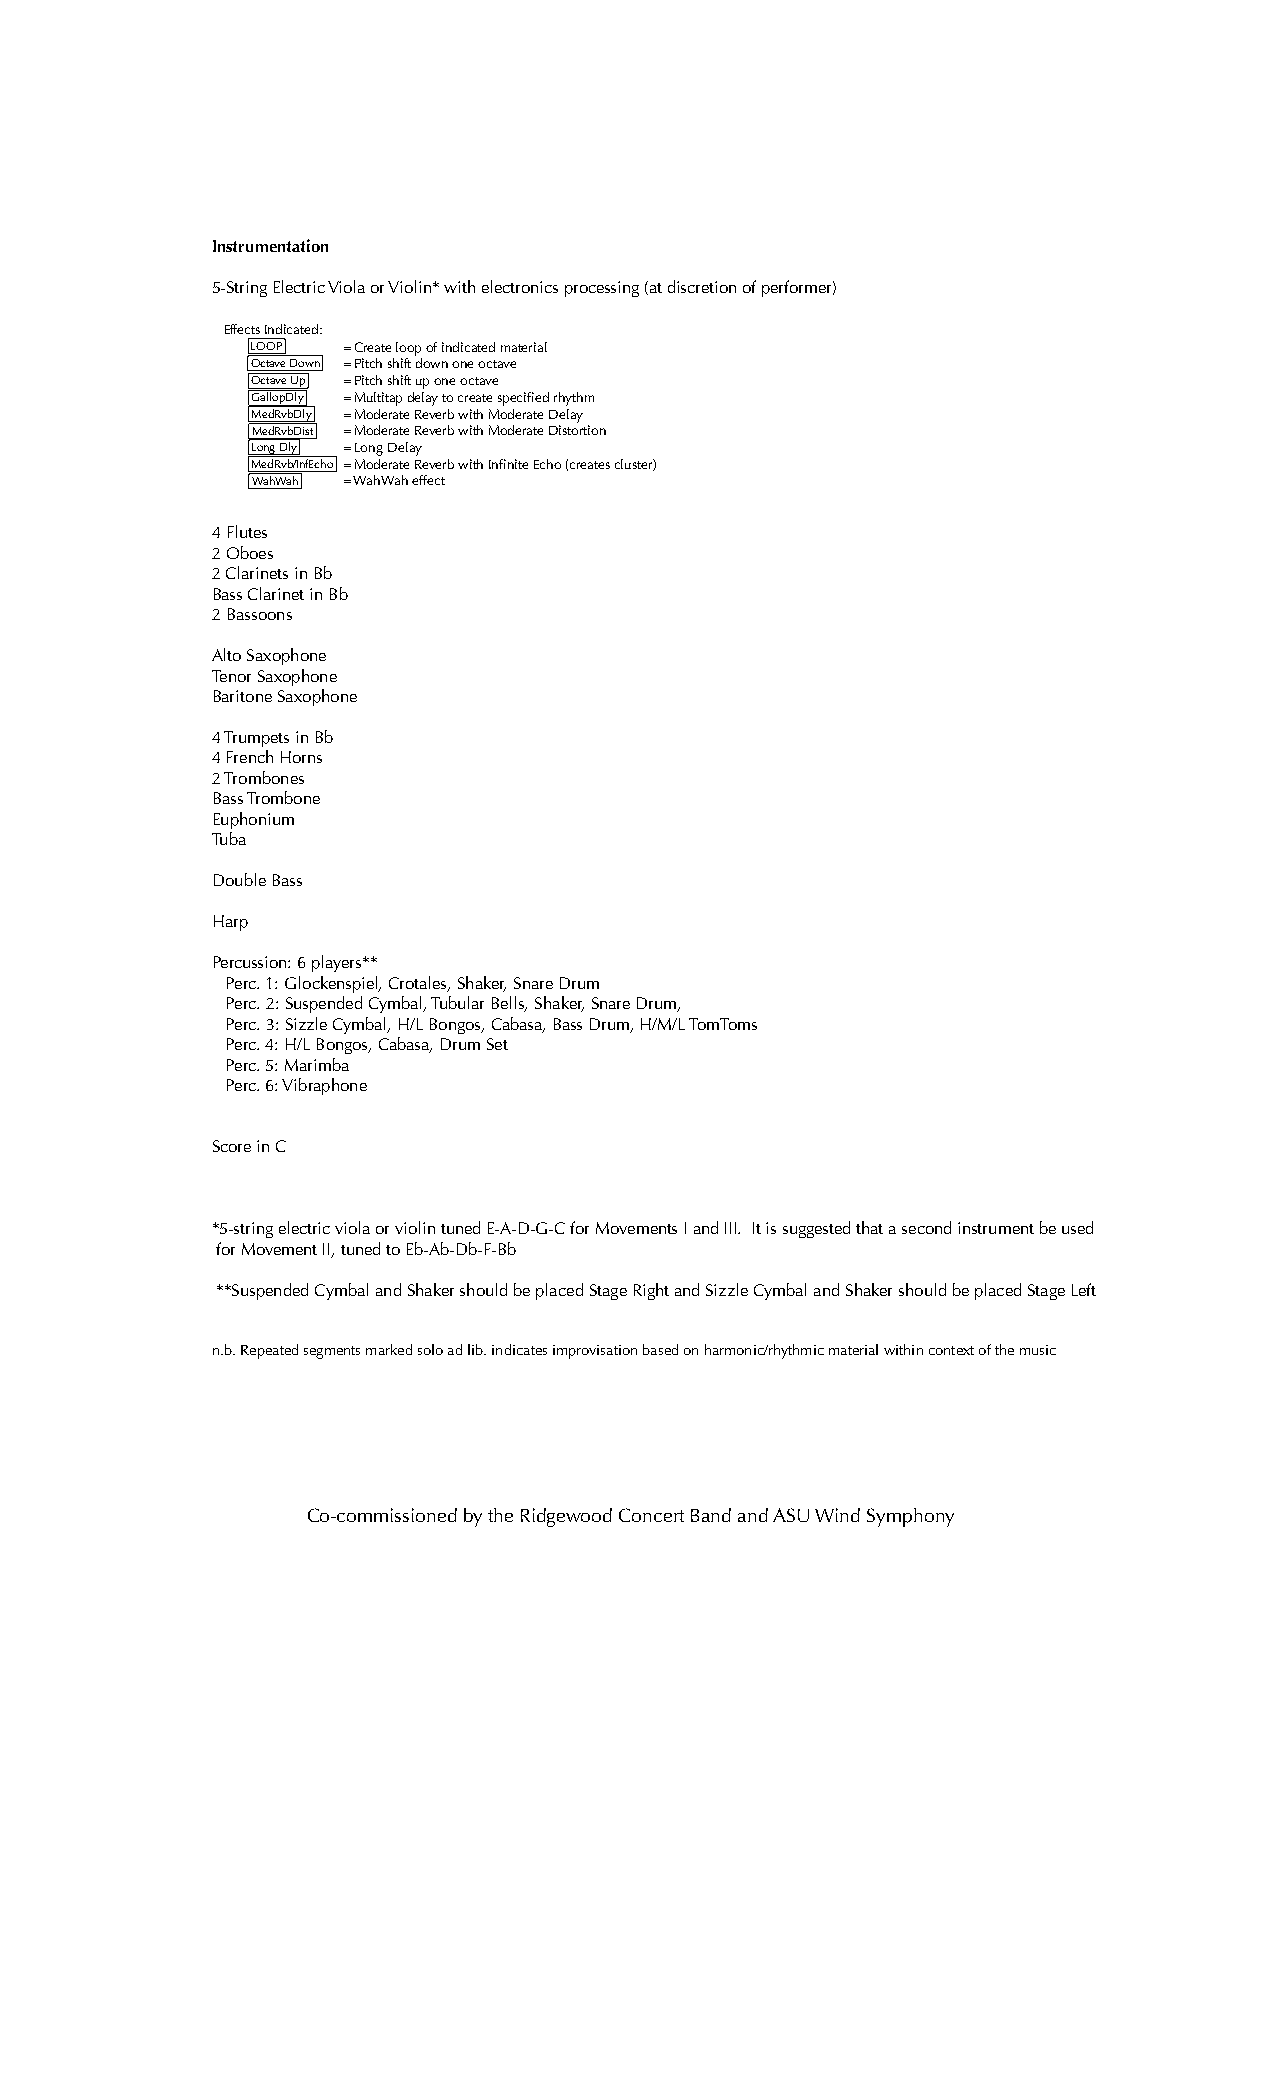
Instrumentation
 5-String Electric Viola or Violin* with electronics processing (at discretion of performer)
 Effects Indicated:
 L O O P = Create loop of indicated material
 O c ta v e Down = Pitch shift down one octave
 Octave Up = Pitch shift up one octave
 GallopDly = Multitap delay to create specified rhythm
 MedRvbD ly = Moderate Reverb with Moderate Delay
 MedRvbDis t = Moderate Reverb with Moderate Distortion
 L o n g D l y = Long Delay
 MedRvb/InfEc ho = Moderate Reverb with Infinite Echo (creates cluster)
 WahWah = WahWah effect
 4 Flutes
 2 Oboes
 2 Clarinets in Bb
 Bass Clarinet in Bb
 2 Bassoons
 Alto Saxophone
 Tenor Saxophone
 Baritone Saxophone
 4 Trumpets in Bb
 4 French Horns
 2 Trombones
 Bass Trombone
 Euphonium
 Tuba
 Double Bass
 Harp
 Percussion: 6 players**
 Perc. 1: Glockenspiel, Crotales, Shaker, Snare Drum
 Perc. 2: Suspended Cymbal, Tubular Bells, Shaker, Snare Drum,
 Perc. 3: Sizzle Cymbal, H/L Bongos, Cabasa, Bass Drum, H/M/L TomToms
 Perc. 4: H/L Bongos, Cabasa, Drum Set
 Perc. 5: Marimba
 Perc. 6: Vibraphone
 Score in C
 *5-string electric viola or violin tuned E-A-D-G-C for Movements I and III. It is suggested that a second instrument be used
 for Movement II, tuned to Eb-Ab-Db-F-Bb
 **Suspended Cymbal and Shaker should be placed Stage Right and Sizzle Cymbal and Shaker should be placed Stage Left
 n.b. Repeated segments marked solo ad lib. indicates improvisation based on harmonic/rhythmic material within context of the music
 Co-commissioned by the Ridgewood Concert Band and ASU Wind Symphony